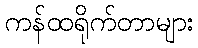
ကန်ထရိုက်တာများ